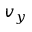
v _ { y }